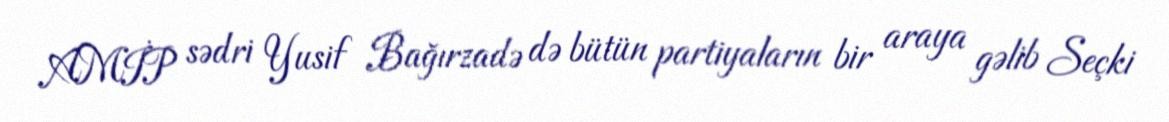
AMİP sədri Yusif Bağırzadə də bütün partiyaların bir araya gəlib Seçki